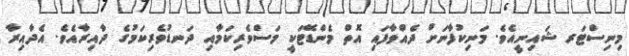
މިނިސްޓަރ ޝައިނީއެވެ. މަނިކުފާނަށް ދެއްވާފައި އޮތް މެންޑޭޓަކީ މަސްވެރިކަމާއި ދަނޑުވެރިކަމުގެ ދާއިރާއެވެ. އެދާއިރާ